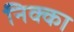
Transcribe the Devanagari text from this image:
निक्का